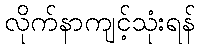
လိုက်နာကျင့်သုံးရန်